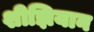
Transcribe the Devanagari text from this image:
शीझियान